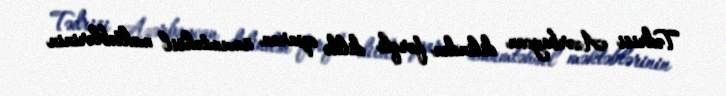
Tədrisi Azərbaycan dilindən fərqli dildə aparan ümumtəhsil məktəblərinin